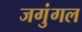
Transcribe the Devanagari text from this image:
जगुंगल